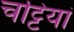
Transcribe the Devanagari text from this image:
चट्टियां